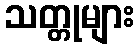
သတ္တုများ